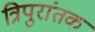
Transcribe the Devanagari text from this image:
त्रिपुरांतक